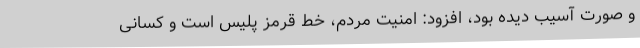
و صورت آسیب دیده بود، افزود: امنیت مردم، خط قرمز پلیس است و کسانی